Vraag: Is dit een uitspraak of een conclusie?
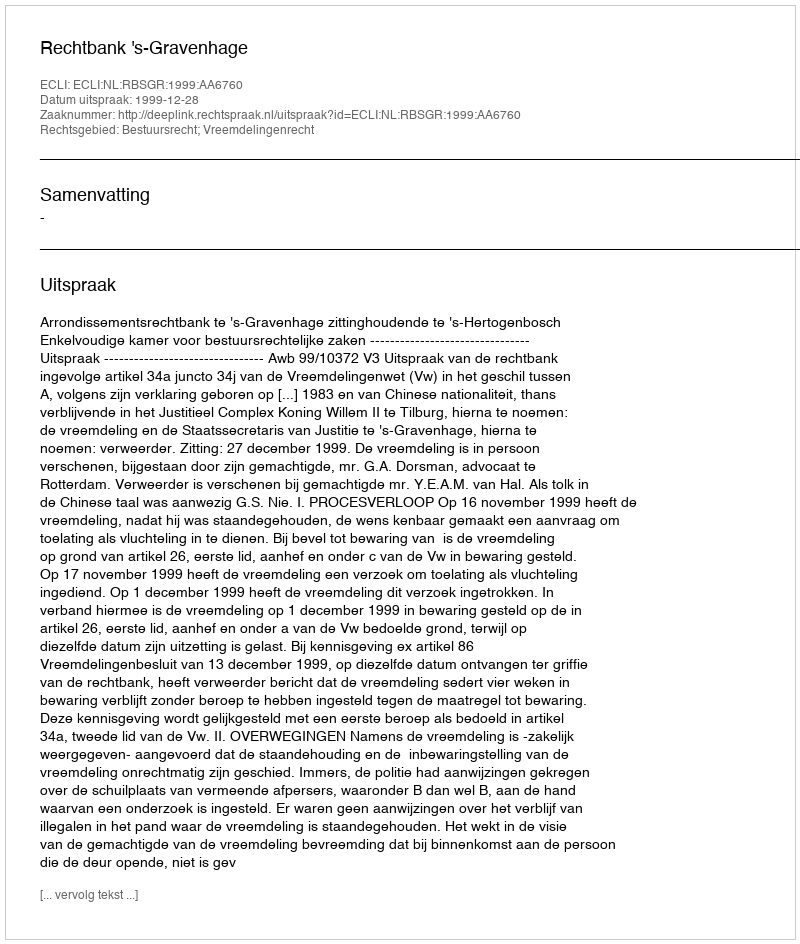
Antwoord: Uitspraak